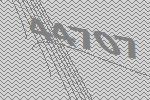
44707